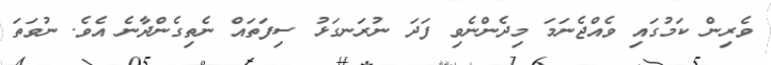
ވެރިން ކަމުގައި ވެއްޖެނަމަ މިދެންނެވި ފަދަ ނުރަނގަޅު ސިފަތައް ނެތިގެންދާނެ އެވެ. ނުވަތަ